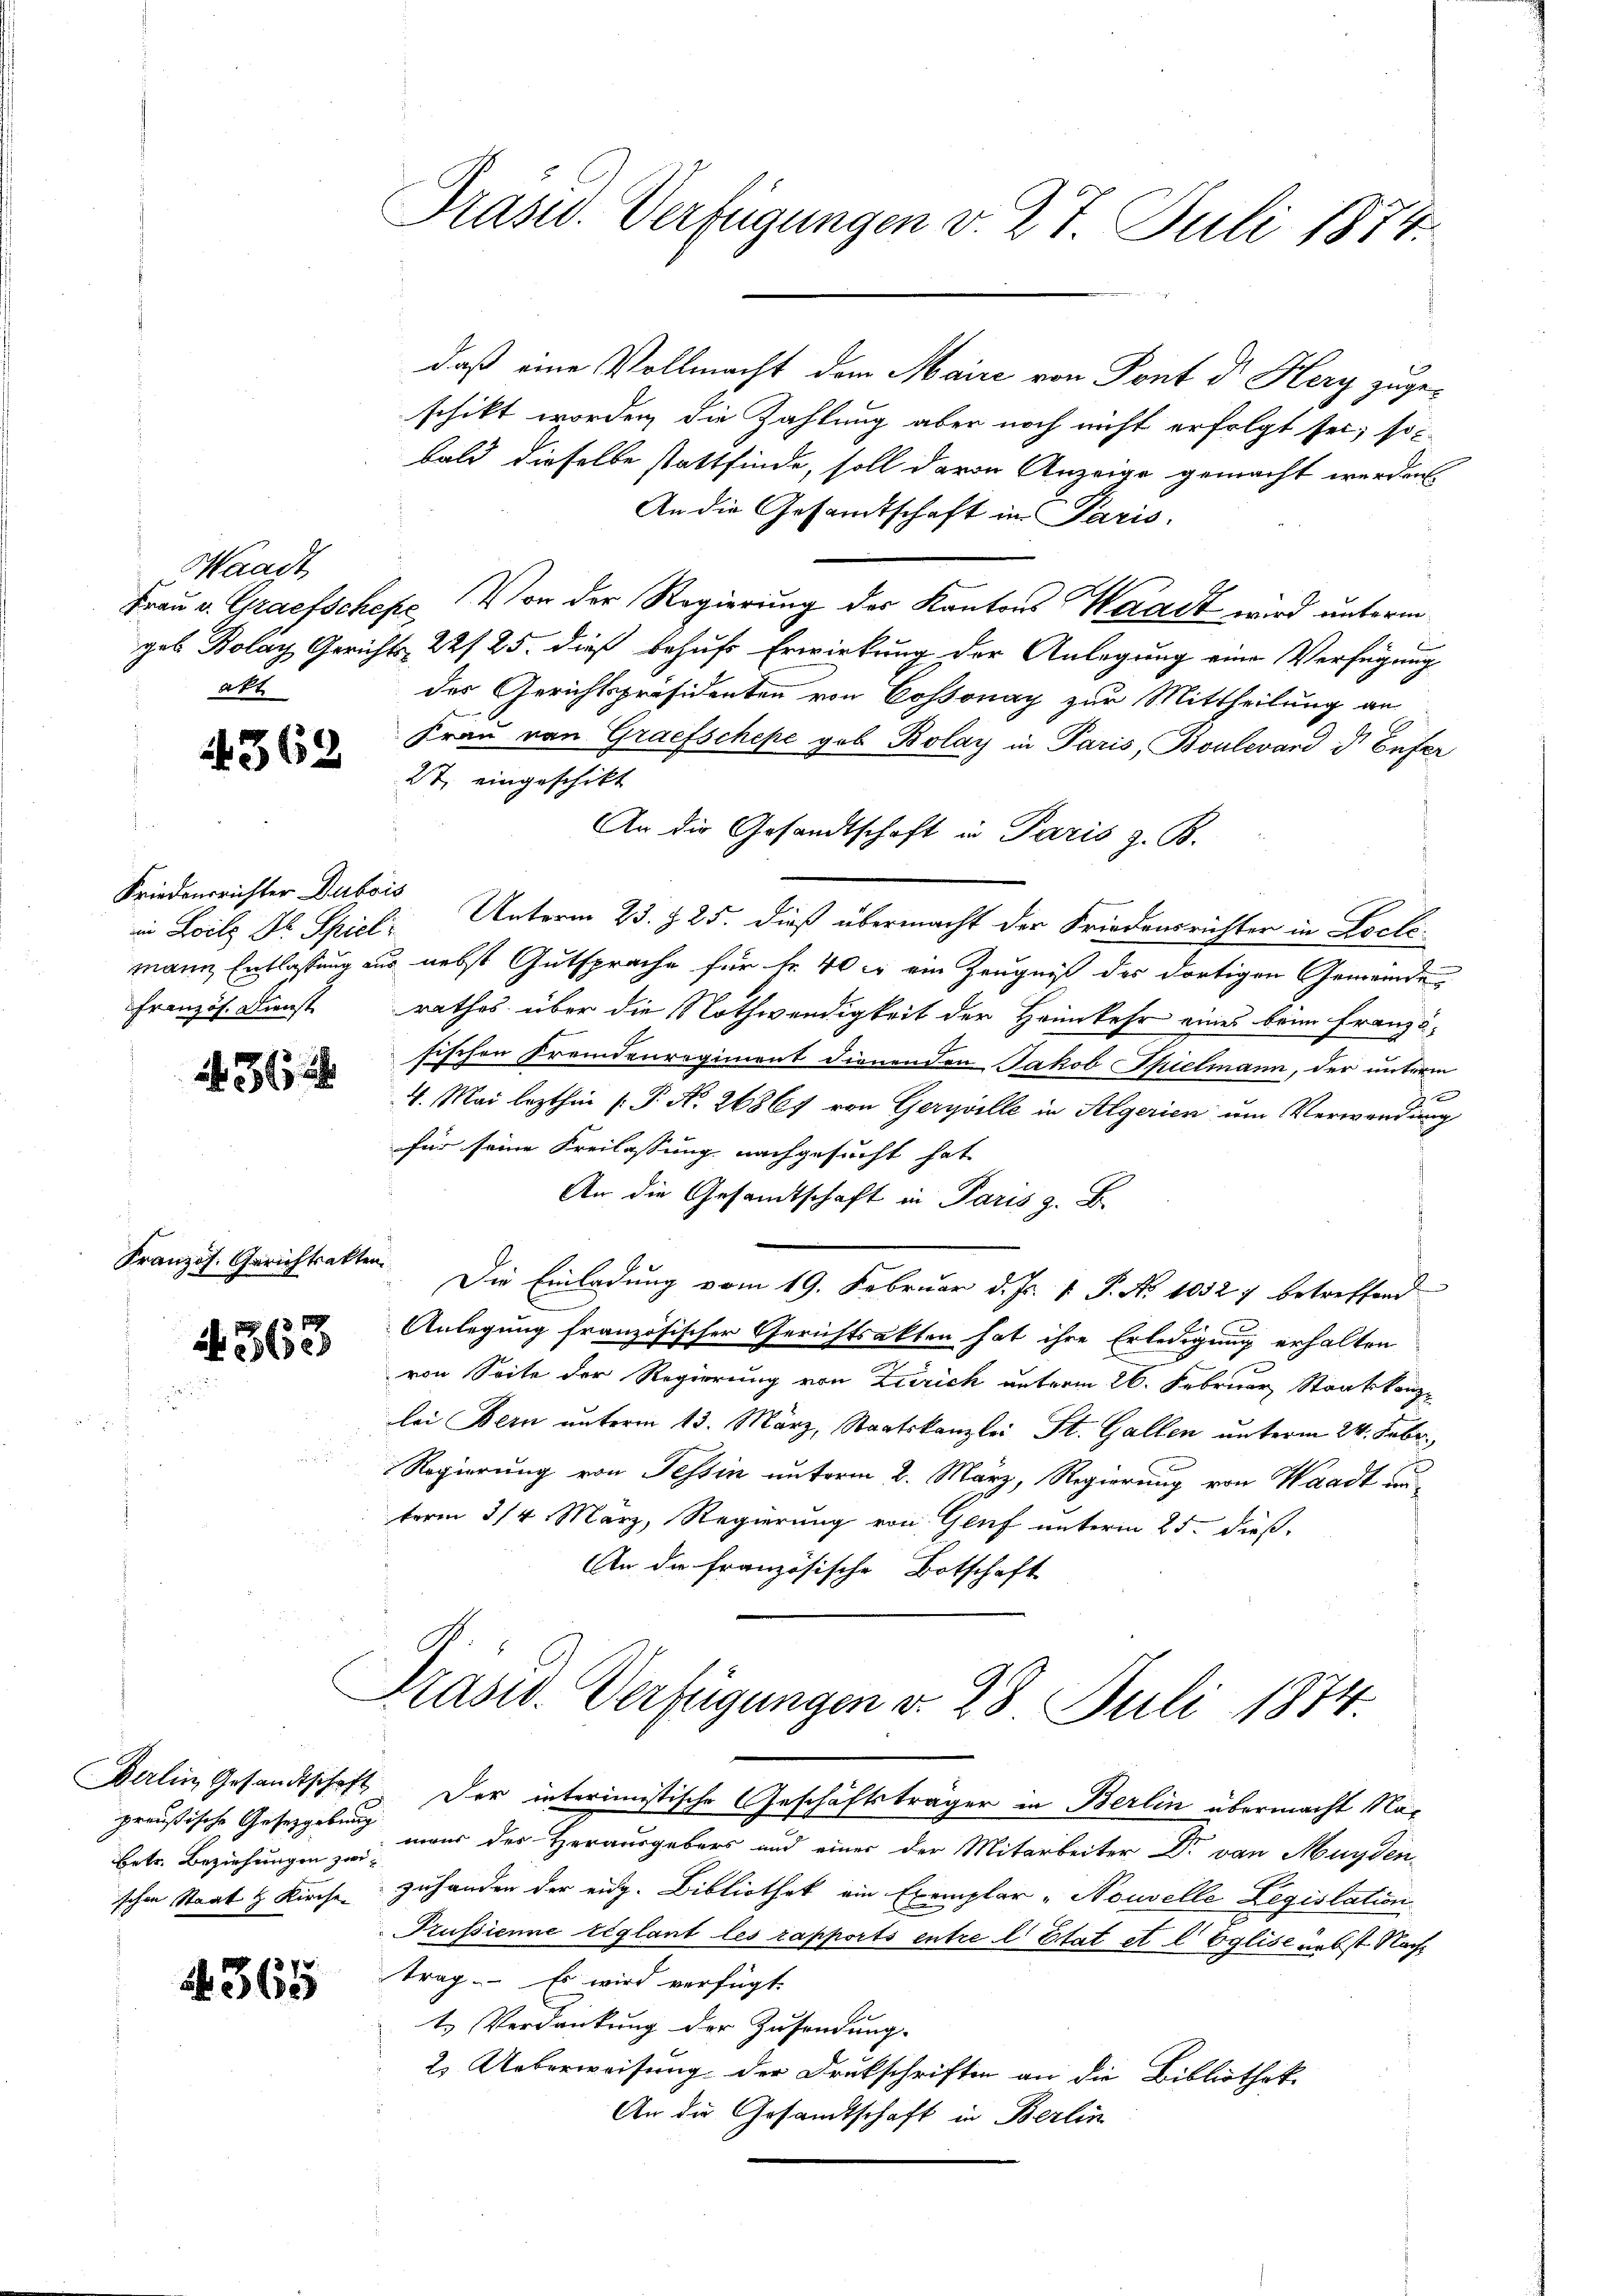
Maast
akt

if. 362

Friedensrichter Dubois

362

Französ. Gerichtsakten

Betr. Beziehungen zwischen Staat & Kirche

365

Präsid.. Verfügungen v. 27. Juli 1874.

daß eine Vollmacht dem Maire von Pont dr Hery zuge-
schikt worden, die Zahlung aber noch nicht erfolgt sei; so
bald dieselbe stattfinde, soll davon Anzeige gemacht werden
An die Gesamtschaft in Paris.
Frau v. Grafschefe. Von der Regierung des Kantons Waadt wird unterm
geb. Bolay Gerichts 22/25. dieß behufs Erwirkung der Anlegung eine Verfügung
des Gerichtspräsidenten von Cossonay zur Mittheilung an
Frau von Grafschepe geb. Bolay in Paris, Boulevard ds Enfer
27 eingeschikt
An die Gesandtschaft in Paris z. B.
in Loils ds Spiel Unterm 23. §. 25. dieß übermacht der Friedensrichter in Loclimann Entlassung aus nebst Gutsprache für fr. 40 c ein Zeugniß des dortigen Gemeinde
Französ. Dienst rathes über die Nothwendigkeit der Heimkehr eines beim Franzö-
fischen Fremdenregiment dienenden Jakob Spielmann, der unterm
4. Mai lezthin (: P. N. 26867 von Geryville in Algerien um Verwendung
für seine Freilassung nachgesucht hat
An die Gesamtschaft in Paris z. B.
Die Einladung vom 19. Februar d. Js. v. P. No 1032 7 betreffend
Anlegung französischer Gerichtsalten hat ihre Erledigung erhalten
 2 von Seite der Regierung von Zürich unterm 26. Februar, Staatskanzlei Bern unterm 13. März, Staatskanzlei St. Gallen unterm 24. Febr.
Regierung von Tessin unterm 2. März, Regierung von Waadt unterm 3/4 März, Regierung von Genf unterm 25. dieß,
An die Französische Botschaft

Präsid. Verfügungen d. 28 Juli 1874.
Berlin Gesandtschaft der interimistische Geschäftsträger in Berlin übermacht Na¬

preußische Gesetzgebung man der Herausgebers und einer der Mitarbeiter Dr. von Mündenzuhanden der eidg. Bibliothek ein Exemplar -Nouvelle Legislation
Prussienne réglant les rapports entre l Etat et l Eglise nebst Nachtrag. Es wird verfügt.
t. Verdankung der Zusendung.
2. Ueberweisung der Drukschriften an die Bibliothek-
An die Gesandtschaft in Berlin